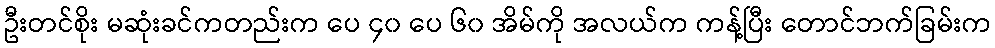
ဦးတင်စိုး မဆုံးခင်ကတည်းက ပေ ၄၀ ပေ ၆၀ အိမ်ကို အလယ်က ကန့်ပြီး တောင်ဘက်ခြမ်းက